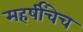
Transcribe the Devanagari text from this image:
महर्षींचेच